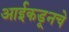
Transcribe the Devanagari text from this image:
आईकडूनचे